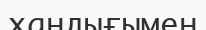
хандығымен